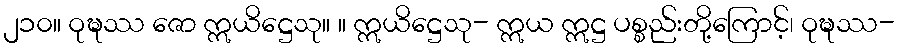
၂၁၀။ ဝုဍ္ဎဿ ဇော ဣယိဋ္ဌေသု။ ။ ဣယိဋ္ဌေသု- ဣယ ဣဋ္ဌ ပစ္စည်းတို့ကြောင့်၊ ဝုဍ္ဎဿ-